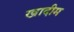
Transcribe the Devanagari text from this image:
खादीम